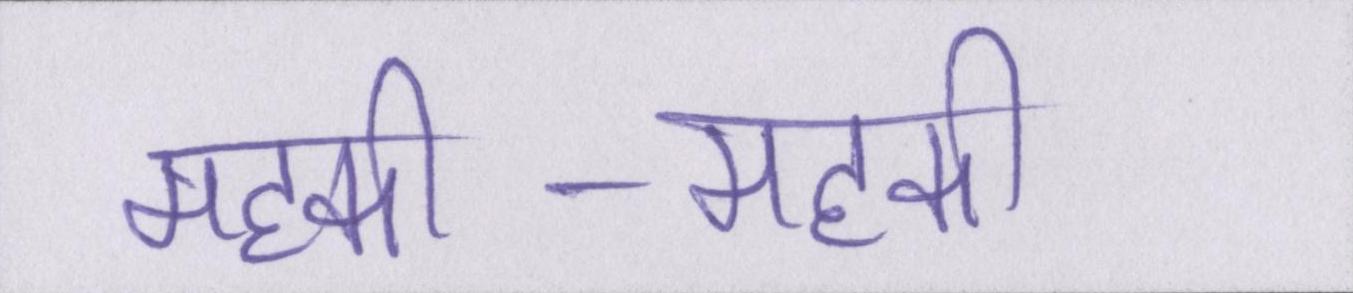
महकी-महकी